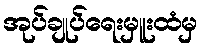
အုပ်ချုပ်ရေးမှူးထံမှ